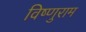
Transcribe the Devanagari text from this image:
विष्णुराम